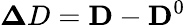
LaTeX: {\mathbf\Delta D}={\mathbf D}-{\mathbf D}^{0}